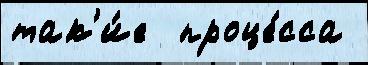
так'и́е  проце́сса